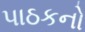
પાઠકનો